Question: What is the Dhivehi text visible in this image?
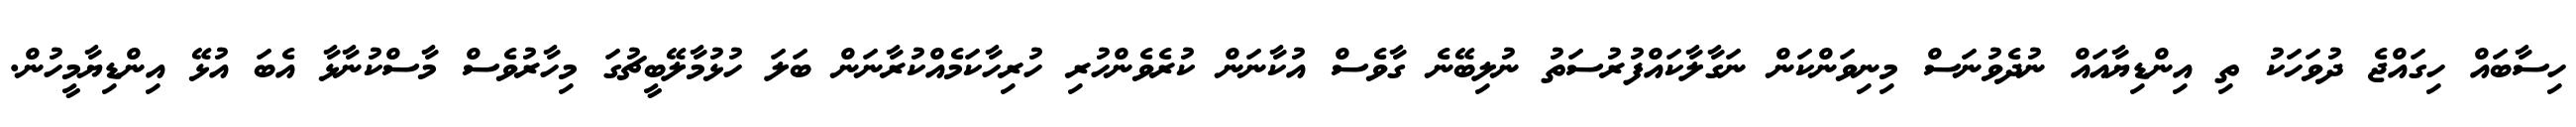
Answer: ހިސާބައް ހިގައްޖެ ދުވަހަކު ތި އިންޑިޔާއައް ނުދެވުނަސް މިނިވަންކަން ނަގާލާކައްފުރުސަތު ނުލިބޭނެ ގާވެސް އުކާނަން ކުރެވެންހުރި ހުރިހާކަމެއްކުރާނަން ބަލަ ހުޅުމާލޭބީޗުގަ މިހާރުވެސް މާސްކުނާޅާ އެބަ އުޅޭ އިންޑިޔާމީހުން.